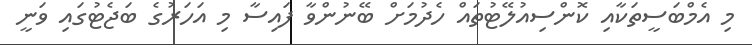
މި އެމްބަސީތަކާއި ކޮންސިއުލޭޓުތައް ހެދުމަށް ބޭނުންވާ ފައިސާ މި އަހަރުގެ ބަޖެޓުގައި ވަނީ